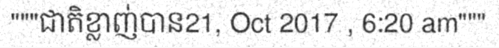
"""ជាតិខ្លាញ់បាន21, Oct 2017 , 6:20 am"""